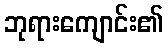
ဘုရားကျောင်း၏